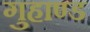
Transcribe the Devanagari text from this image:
गुहाण्ड